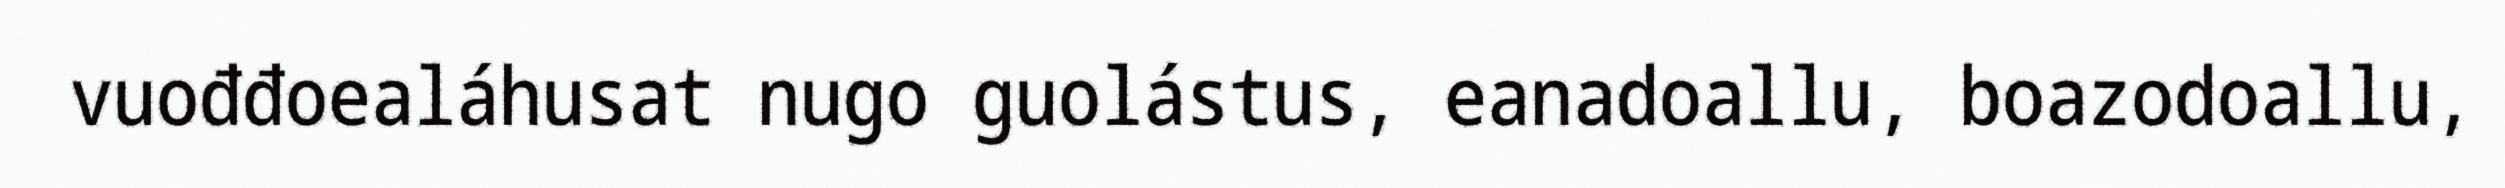
vuođđoealáhusat nugo guolástus, eanadoallu, boazodoallu,